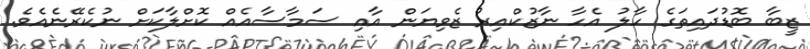
ޒީބާ ބޮޑުދައިތަގެ ހާލު އެހާ ނާޒުކްއިރު ޒެވިޔަން އާއި ސަމާސާއެއް ކޮށްލާކަށް ނުކެރޭނެއެވެ.